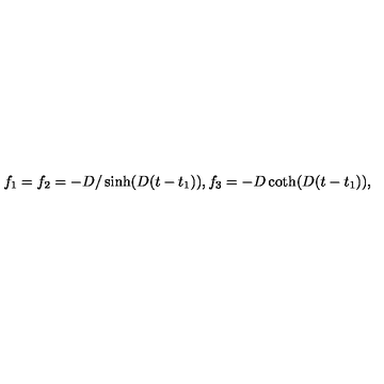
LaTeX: f _ { 1 } = f _ { 2 } = - D / \sinh ( D ( t - t _ { 1 } ) ) , f _ { 3 } = - D \coth ( D ( t - t _ { 1 } ) ) ,